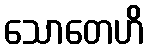
သောတေဟိ